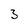
Character: 3